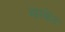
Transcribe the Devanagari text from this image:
मारकेट